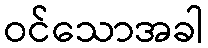
ဝင်သောအခါ